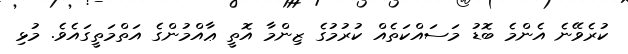
ކުރެވޭނެ އެންމެ ބޮޑު މަސައްކަތެއް ކުރުމުގެ ޒިންމާ އޮތީ ޢާއްމުންގެ އަތްމަތީގައެވެ. މުޅި